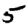
Digit: 5